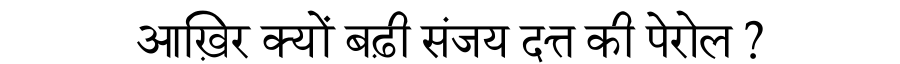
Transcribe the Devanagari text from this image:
आख़िर क्यों बढ़ी संजय दत्त की पेरोल ?